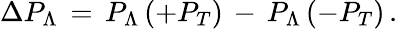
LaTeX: \Delta P_{\Lambda}\, =\, P_{\Lambda}\, (+P_{T})\, -\, P_{\Lambda}\, (-P_{T})\, .